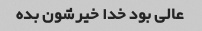
عالی بود خدا خیرشون بده